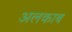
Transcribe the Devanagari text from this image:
अलकाब